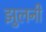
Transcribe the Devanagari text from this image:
झुलनी